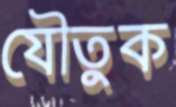
যৌতুক